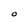
Character: O